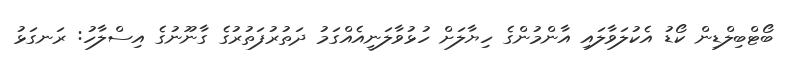
ބޯޓްބިލްޑިން ކޯޑު އެކުލަވާލައި އާންމުންގެ ހިޔާލަށް ހުޅުވާލަނީއެއްގަމު ދަތުރުފަތުރުގެ ގާނޫނުގެ އިސްލާހު: ރަނގަޅު